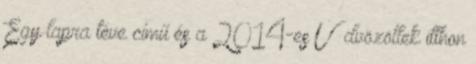
Egy lapra téve című és a 2014-es Üdvözöllek itthon